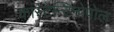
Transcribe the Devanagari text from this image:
कांस्टेन्टिनोपोल